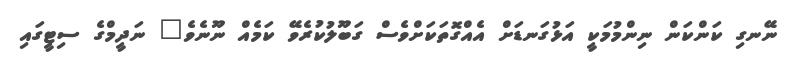
ނޭނގި ކަންކަން ނިންމުމަކީ އަޅުގަނޑަށް އެއްގޮތަކަށްވެސް ގަބޫލުކުރެވޭ ކަމެއް ނޫނެވެ" ނަދީމްގެ ސިޓީގައި